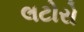
લટોરો